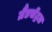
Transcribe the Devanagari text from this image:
ग्रैंडसेंट्रल